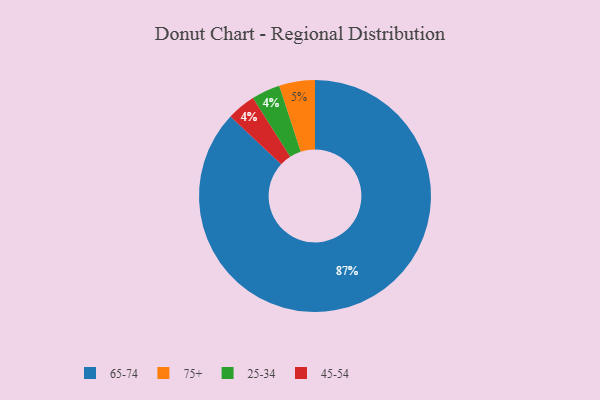
{"axis": {"x": "Category", "y": "Percentage"}, "legend": ["25-34", "45-54", "65-74", "75+"], "data": [{"x": "75+", "y": 5, "type": "75+"}, {"x": "25-34", "y": 4, "type": "25-34"}, {"x": "65-74", "y": 87, "type": "65-74"}, {"x": "45-54", "y": 4, "type": "45-54"}]}